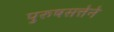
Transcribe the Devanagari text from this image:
पुरुषसत्तेने